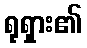
ရုရှား၏